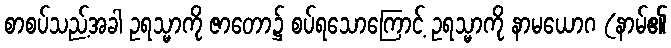
စာစပ်သည့်အခါ ဥရသ္မာကို ဇာတော၌ စပ်ရသောကြောင့် ဥရသ္မာကို နာမယောဂ (နာမ်၏